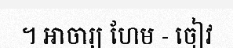
។ អាចារ្យ ហែម - ចៀវ